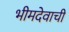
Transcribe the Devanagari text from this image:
भीमदेवाची